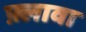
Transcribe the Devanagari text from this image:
फ़्लावा